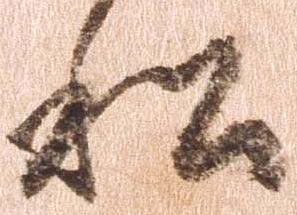
私